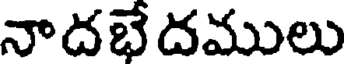
నాదభేదములు